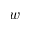
w